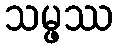
သမ္ဖဿ